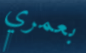
بعمري